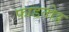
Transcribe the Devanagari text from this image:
फाडतोड